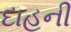
દાહની